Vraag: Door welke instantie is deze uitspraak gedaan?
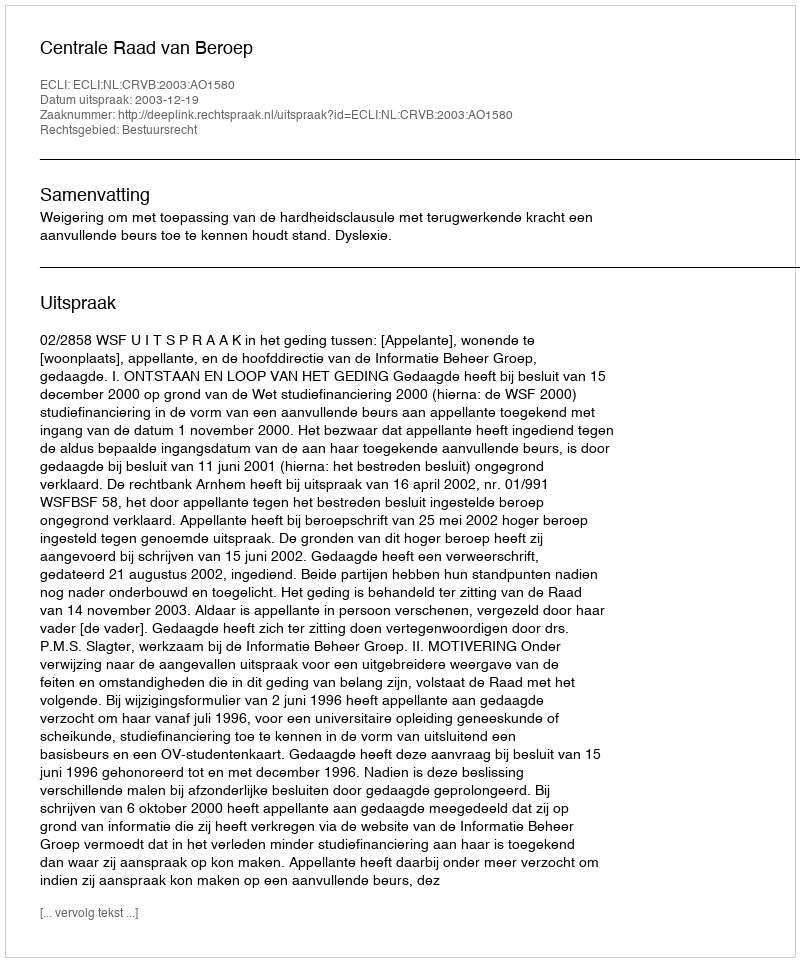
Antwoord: Centrale Raad van Beroep